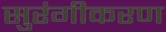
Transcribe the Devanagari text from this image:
सुरंगीकरण